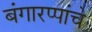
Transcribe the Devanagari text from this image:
बंगारप्पांचे